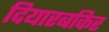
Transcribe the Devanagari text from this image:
दियारबकिर